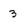
Character: 3